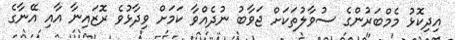
އިދިކޮޅު މެމްބަރުންގެ ސުވާލުތަކަށް ޖަވާބު ނުދެއްވާ ކަމަށް ވިދާޅުވެ ރޮޒައިނާ އާއި އޭނާގެ